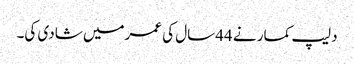
دلیپ کمار نے 44سال کی عمرمیں شادی کی۔